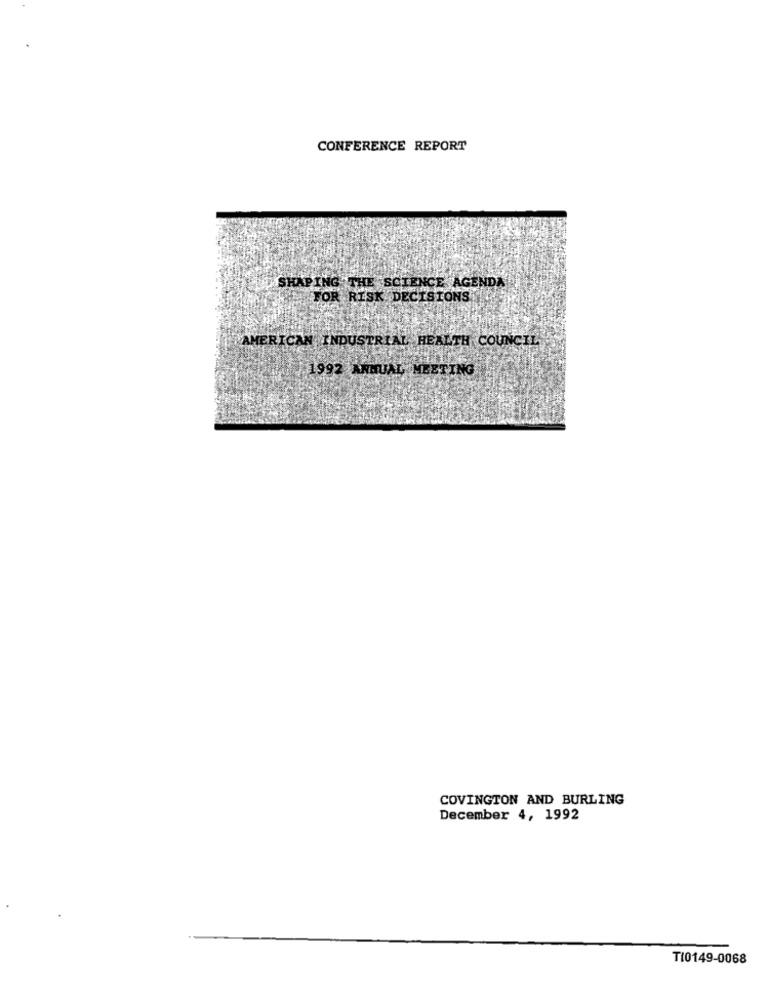
CONFERENCE REPORT
SHAPING THE SCIENCE AGENDA
FOR RISK DECISIONS
AMERICAN INDUSTRIAL HEALTH COUNCIL
1992 ANNUAL MEETING
COVINGTON AND BURLING
December 4, 1992
TI0149-0068